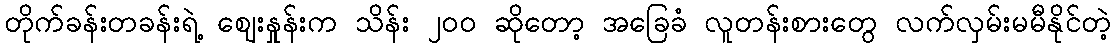
တိုက်ခန်းတခန်းရဲ့ ဈေးနှုန်းက သိန်း ၂၀၀ ဆိုတော့ အခြေခံ လူတန်းစားတွေ လက်လှမ်းမမီနိုင်တဲ့